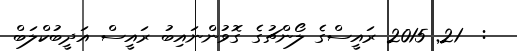
:  21